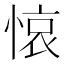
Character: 𢜺